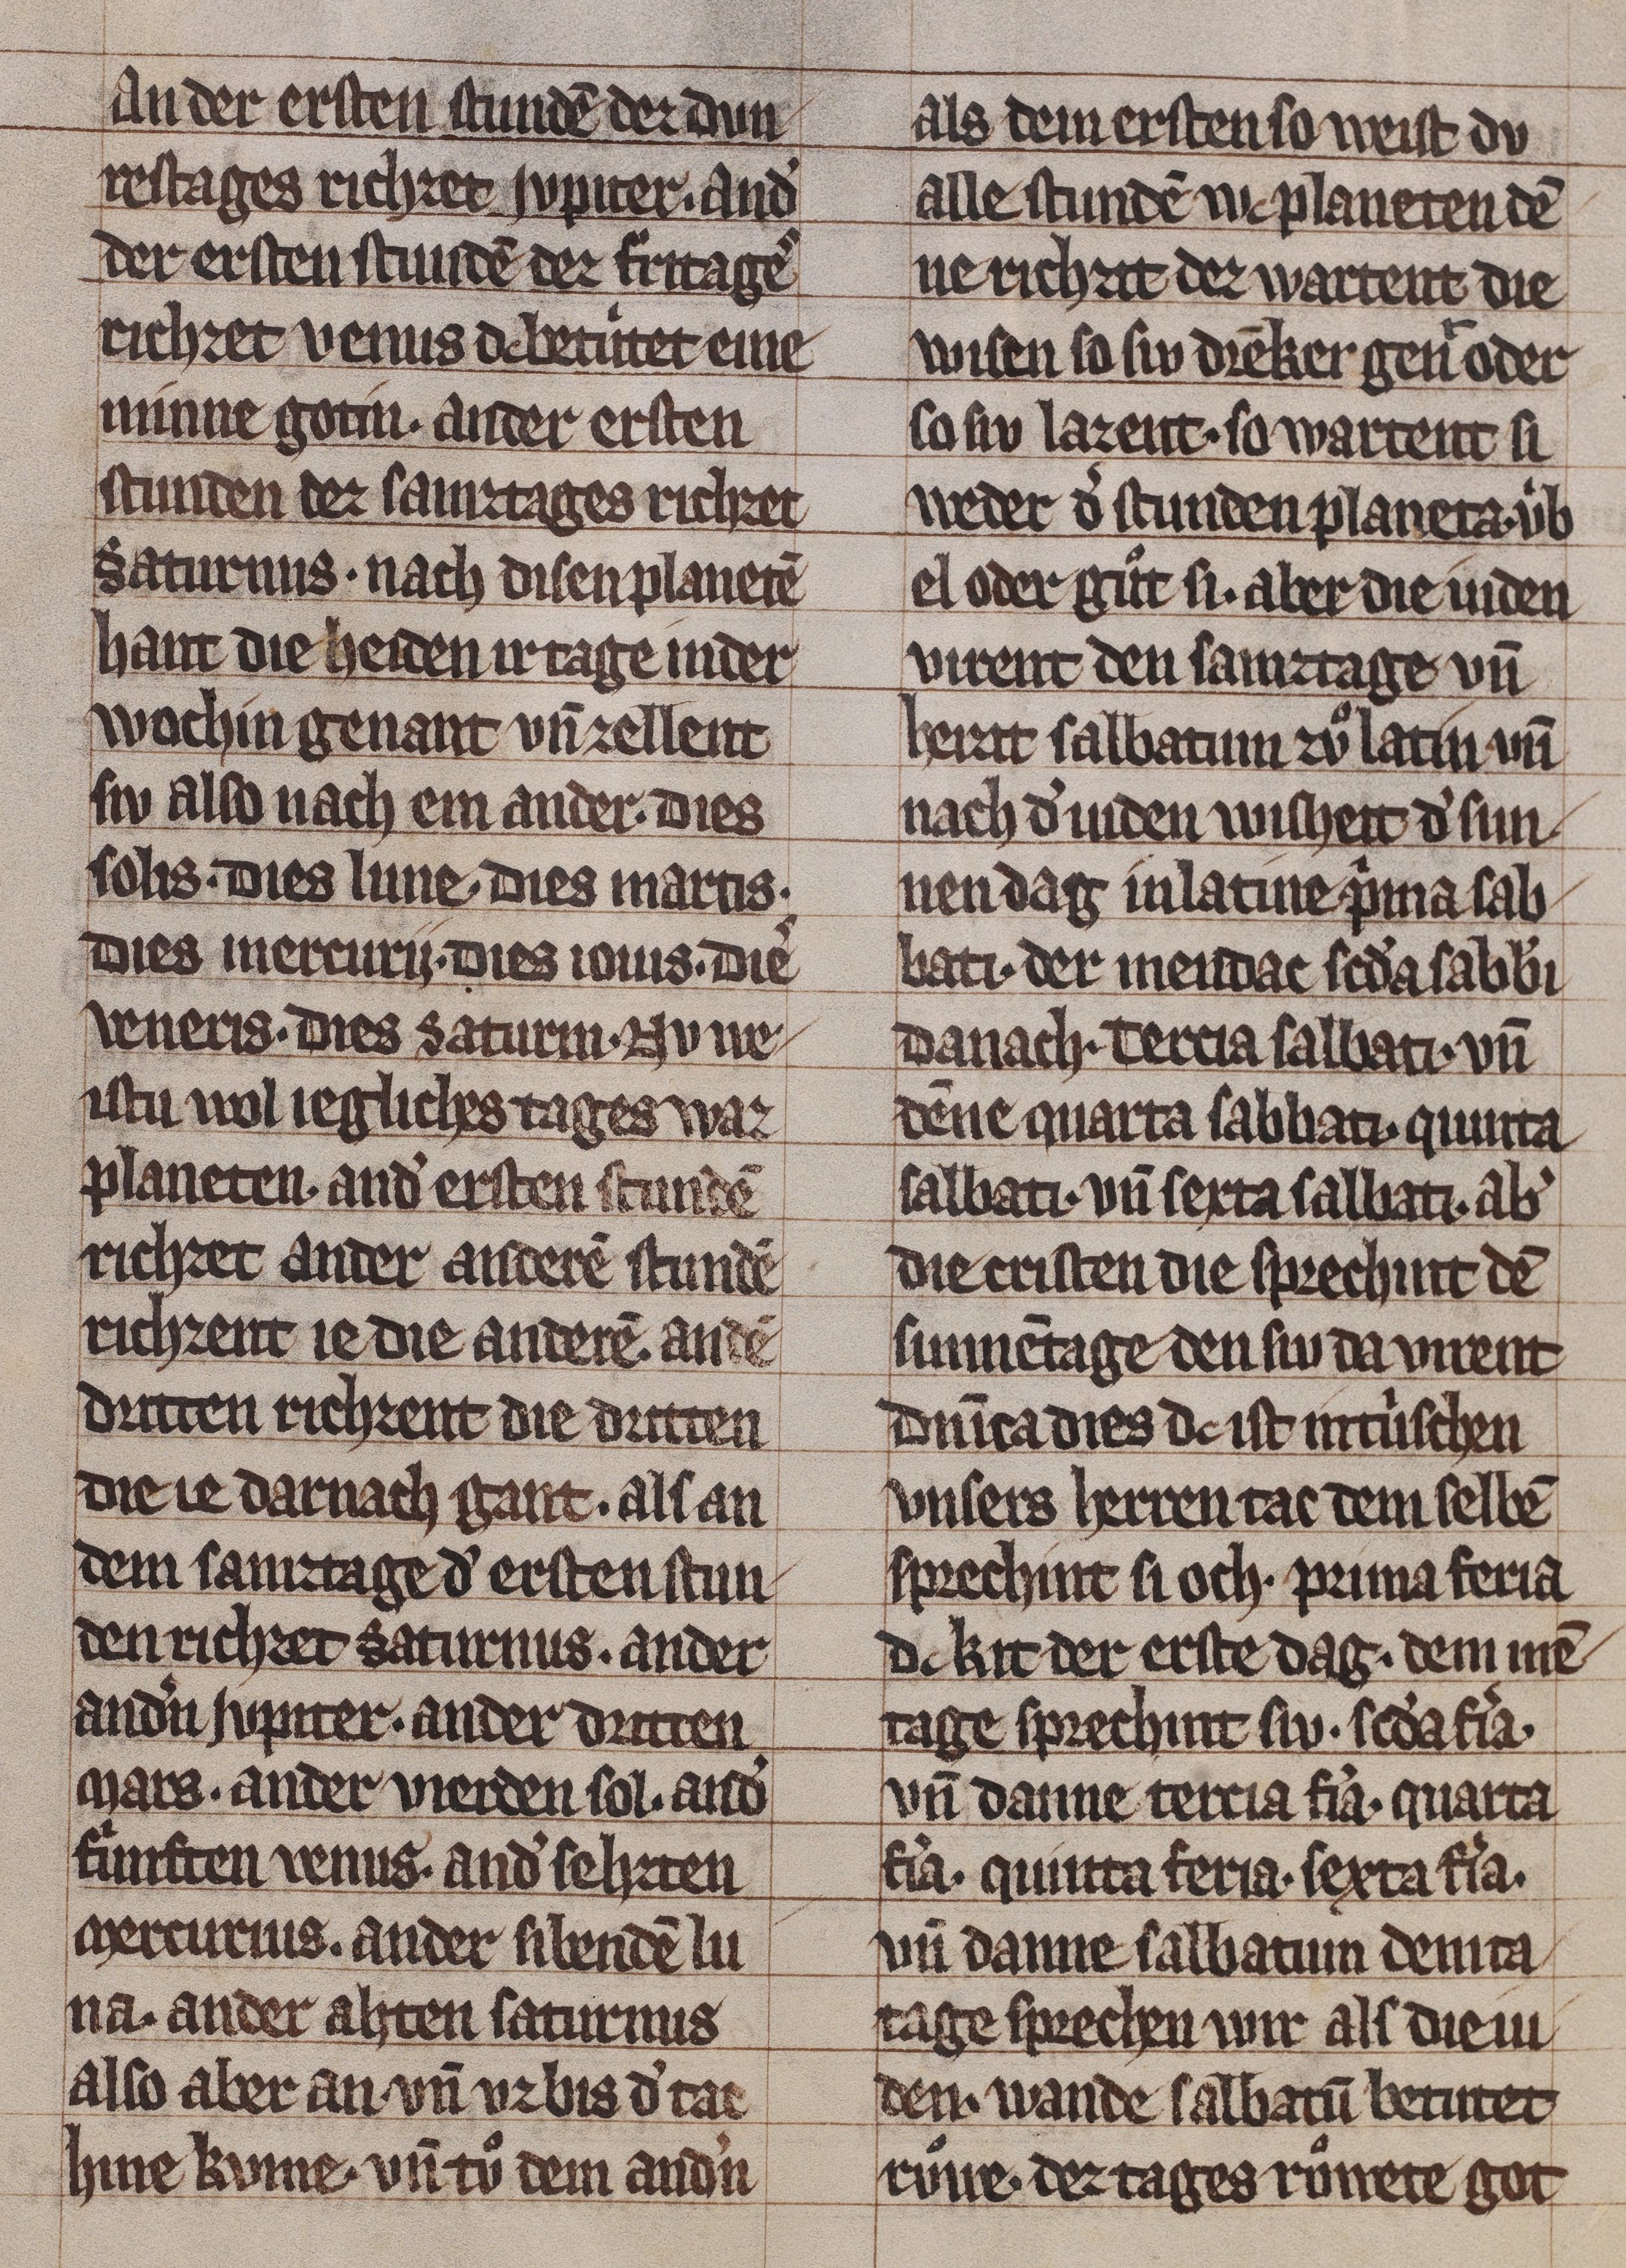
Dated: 1285–1315